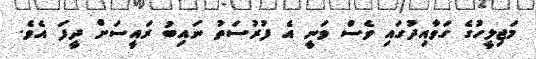
މަޖިލީހުގެ ގަވާއިދުގައި ވެސް ވަނީ އެ ފުރުސަތު ނައިބު ރައީސަށް ދީފަ އެވެ.